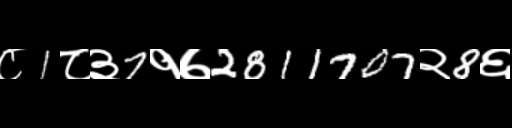
Text: ८1८३7१७2811707२8६